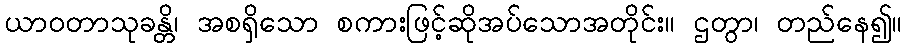
ယာဝတာသုခန္တိ၊ အစရှိသော စကားဖြင့်ဆိုအပ်သောအတိုင်း။ ဌတွာ၊ တည်နေ၍။